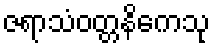
ဇရာသံဝတ္တနိကေသု